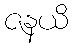
ဇနယိ